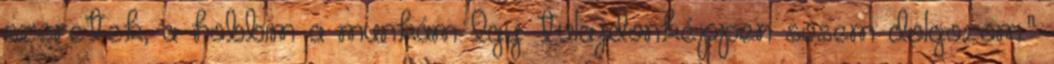
szeretek, a hobbim a munkám Így tulajdonképpen sosem dolgozom."